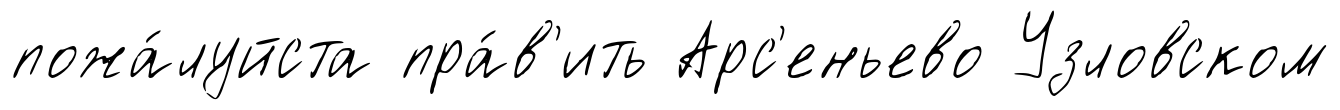
пожа́луйста пра́в'ить Арс'еньево Узловском